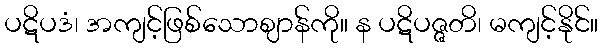
ပဋိပဒံ၊ အကျင့်ဖြစ်သောဈာန်ကို။ န ပဋိပဇ္ဇတိ၊ မကျင့်နိုင်။